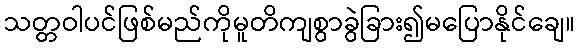
သတ္တဝါပင်ဖြစ်မည်ကိုမူတိကျစွာခွဲခြား၍မပြောနိုင်ချေ။